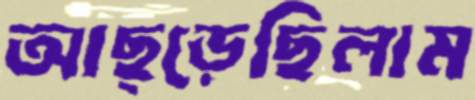
আছ্‌ড়েছিলাম